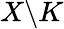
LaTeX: X\backslash K